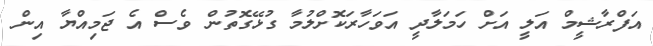
އަފްރާޝީމް އަލީ އަށް ހަމަލާދީ އަވަހާރަކޮށްލުމާ ގުޅޭގޮތުން ވެސް އެ ޖަމިއްޔާ އިން